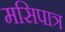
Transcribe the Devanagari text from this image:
मसिपात्र